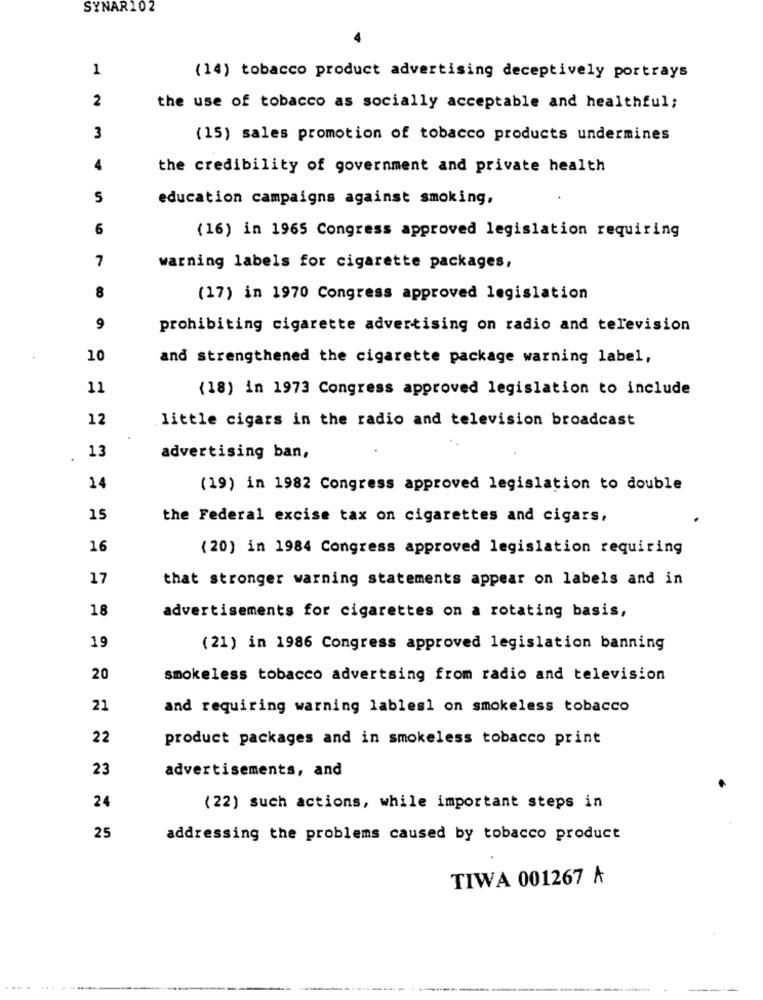
SYNAR102
1
(14) tobacco product advertising deceptively portrays
2
the use of tobacco as socially acceptable and healthful;
3
(15) sales promotion of tobacco products undermines
4
the credibility of government and private health
5
education campaigns against smoking,
6
(16) in 1965 Congress approved legislation requiring
7
warning labels for cigarette packages,
8
(17) in 1970 Congress approved legislation
9
prohibiting cigarette advertising on radio and television
10
and strengthened the cigarette package warning label,
11
(18) in 1973 Congress approved legislation to include
12
little cigars in the radio and television broadcast
13
.
advertising ban,
14
(19) in 1982 Congress approved legislation to double
15
the Federal excise tax on cigarettes and cigars,
16
(20) in 1984 Congress approved legislation requiring
17
that stronger warning statements appear on labels and in
18
advertisements for cigarettes on a rotating basis,
19
(21) in 1986 Congress approved legislation banning
20
smokeless tobacco advertsing from radio and television
21
and requiring warning lablesl on smokeless tobacco
22
product packages and in smokeless tobacco print
23
advertisements, and
24
(22) such actions, while important steps in
25
addressing the problems caused by tobacco product
TIWA 001267 A